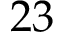
2 3